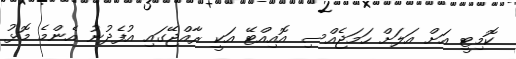
ކޮމިޓީ އަށް އަލަށް ހަމަޖެއްސި އޮއިއްޓޭ އަކީ ރާއްޖޭގައި އުފެދުނު އެންމެ މޮޅު